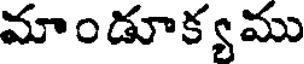
మాండూక్యము